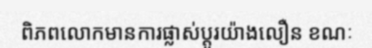
ពិភពលោកមានការផ្លាស់ប្តូរយ៉ាងលឿន ខណៈ